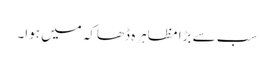
سب سے بڑا مظاہرہ ڈھاکہ میں ہوا۔